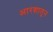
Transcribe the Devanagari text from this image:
आरशातून